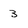
Character: 3